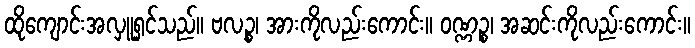
ထိုကျောင်းအလှူရှင်သည်။ ဗလဉ္စ၊ အားကိုလည်းကောင်း။ ဝဏ္ဏဉ္စ၊ အဆင်းကိုလည်းကောင်း။